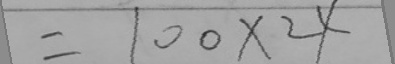
= 1 0 0 \times 2 4